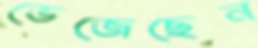
ভেজেছেন